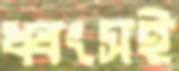
ধ্বংসই